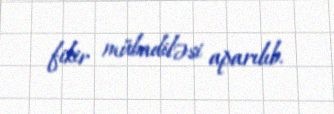
fikir mübadiləsi aparılıb.